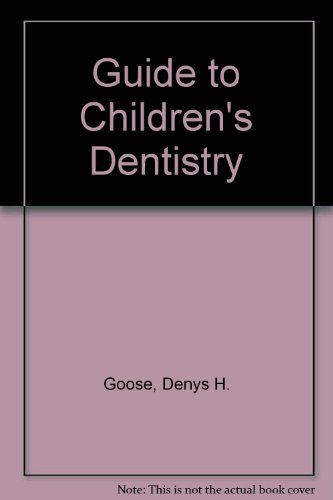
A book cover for Guide to Children's Dentistry; Denys H. Goose; Medical Books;